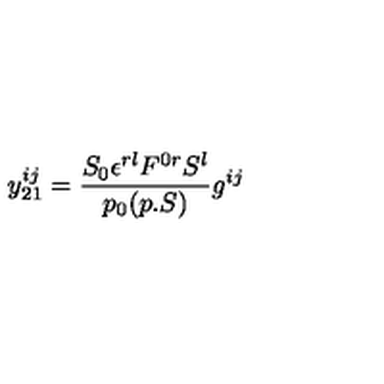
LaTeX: y _ { 2 1 } ^ { i j } = { \frac { S _ { 0 } \epsilon ^ { r l } F ^ { 0 r } S ^ { l } } { p _ { 0 } ( p . S ) } } g ^ { i j }